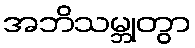
အဘိသမ္ဘုတွာ